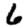
Digit: 6